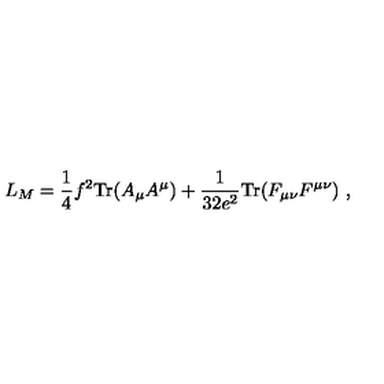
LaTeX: L _ { M } = \frac { 1 } { 4 } f ^ { 2 } \mathrm { T r } ( A _ { \mu } A ^ { \mu } ) + \frac { 1 } { 3 2 e ^ { 2 } } \mathrm { T r } ( F _ { \mu \nu } F ^ { \mu \nu } ) \ ,